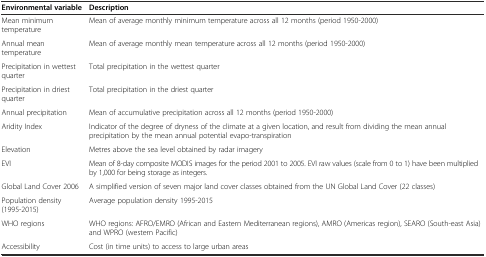
| Environmental variable | Description |
 | --- | --- |
 | Mean minimum temperature | Mean of average monthly minimum temperature across all 12 months (period 1950-2000) |
 | Annual mean temperature | Mean of average monthly mean temperature across all 12 months (period 1950-2000) |
 | Precipitation in wettest quarter | Total precipitation in the wettest quarter |
 | Precipitation in driest quarter | Total precipitation in the driest quarter |
 | Annual precipitation | Mean of accumulative precipitation across all 12 months (period 1950-2000) |
 | Aridity Index | Indicator of the degree of dryness of the climate at a given location, and result from dividing the mean annual precipitation by the mean annual potential evapo-transpiration |
 | Elevation | Metres above the sea level obtained by radar imagery |
 | EVI | Mean of 8-day composite MODIS images for the period 2001 to 2005. EVI raw values (scale from 0 to 1) have been multiplied by 1,000 for being storage as integers. |
 | Global Land Cover 2006 | A simplified version of seven major land cover classes obtained from the UN Global Land Cover (22 classes) |
 | Population density (1995-2015) | Average population density 1995-2015 |
 | WHO regions | WHO regions: AFRO/EMRO (African and Eastern Mediterranean regions), AMRO (Americas region), SEARO (South-east Asia) and WPRO (western Pacific) |
 | Accessibility | Cost (in time units) to access to large urban areas |